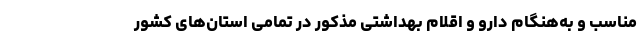
مناسب و به‌هنگام دارو و اقلام بهداشتی مذکور در تمامی استان‌های کشور